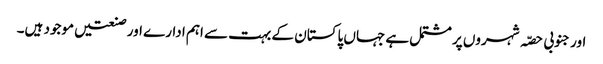
اور جنوبی حصّہ شہروں پر مشتمل ہے جہاں پاکستان کے بہت سے اہم ادارے اور صنعتیں موجود ہیں۔